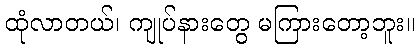
ထုံလာတယ်၊ ကျုပ်နားတွေ မကြားတော့ဘူး။